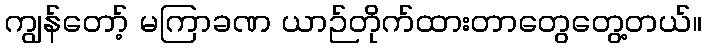
ကျွန်တော့် မကြာခဏ ယာဉ်တိုက်ထားတာတွေတွေ့တယ်။